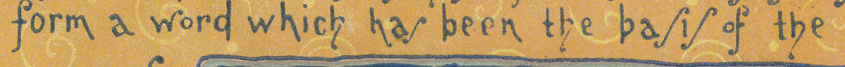
from a word which has been the basis of the